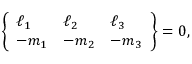
\left\{ \begin{array} { l l l } { \ell _ { 1 } } & { \ell _ { 2 } } & { \ell _ { 3 } } \\ { - m _ { 1 } } & { - m _ { 2 } } & { - m _ { 3 } } \end{array} \right\} = 0 ,